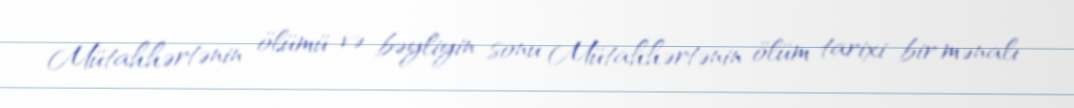
Mütahhərtənin ölümü və bəyliyin sonu Mütahhərtənin ölüm tarixi bir mənalı